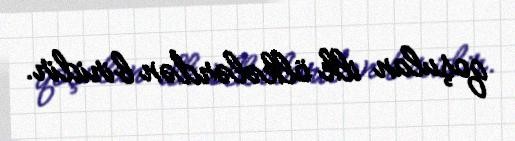
qoşulan ilk ölkələrdən biridir.